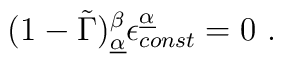
(1- \tilde \Gamma)^\beta _{\underline {\alpha}}  \epsilon_{const}  ^{\underline{\alpha}}    =0 \ .